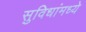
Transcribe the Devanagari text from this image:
सुविधांमध्ये